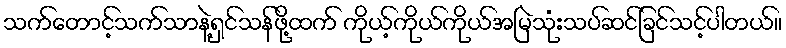
သက်တောင့်သက်သာနဲ့ရှင်သန်ဖို့ထက် ကိုယ့်ကိုယ်ကိုယ်အမြဲသုံးသပ်ဆင်ခြင်သင့်ပါတယ်။